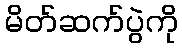
မိတ်ဆက်ပွဲကို